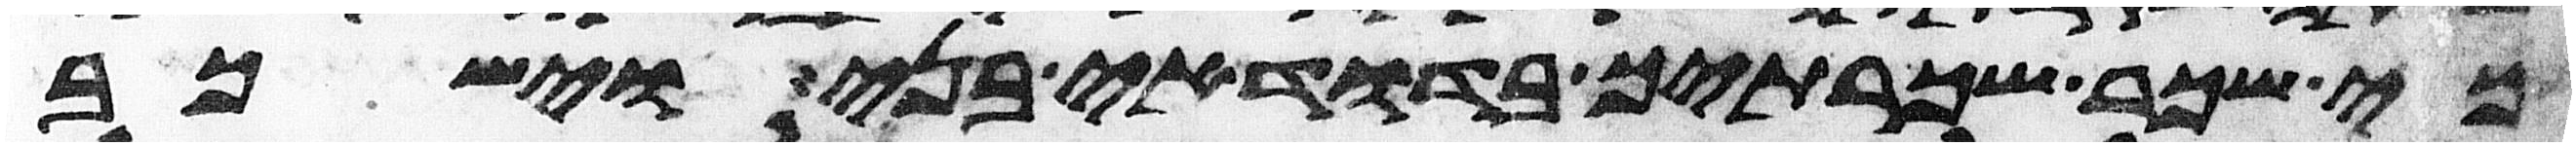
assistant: כי שכר שכרתיך בדודי בני וישכב